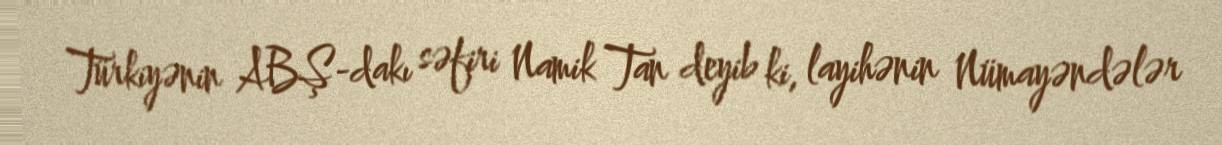
Türkiyənin ABŞ-dakı səfiri Namik Tan deyib ki, layihənin Nümayəndələr